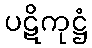
ပဋိကုဋ္ဌံ